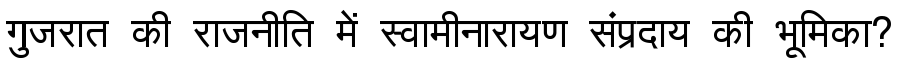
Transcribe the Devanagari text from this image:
गुजरात की राजनीति में स्वामीनारायण संप्रदाय की भूमिका?